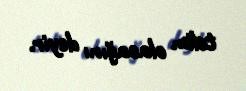
təlim olacağını deyir.